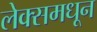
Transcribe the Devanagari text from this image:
लेक्समधून